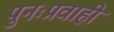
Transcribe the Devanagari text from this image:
पुनःप्रवाही